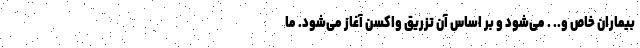
بیماران خاص و.. . می‌شود و بر اساس آن تزریق واکسن آغاز می‌شود. ما